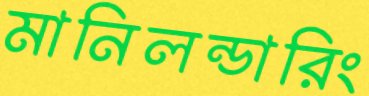
মানিলন্ডারিং